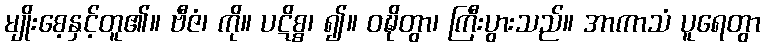
မျိုးစေ့နှင့်တူ၏။ ဗီဇံ၊ ကို။ ပဋိစ္စ၊ ၍။ ဝဍ္ဎိတွာ၊ ကြီးပွားသည်။ အာကာသံ ပူရေတွာ